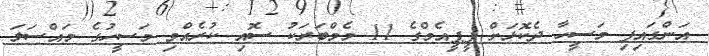
އަންގައިފި މަސީހާ ދެކޮޅަށް ޕީޕީއެމްގެ 11 މެމްބަރަކު ސޮއި ކުރެއްވި މަސީހުގެ މައްސަލަ